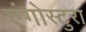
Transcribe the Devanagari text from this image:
एंगोस्टुरा